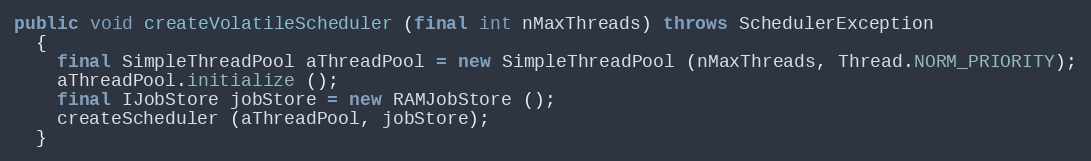
Language: Java
public void createVolatileScheduler (final int nMaxThreads) throws SchedulerException
  {
    final SimpleThreadPool aThreadPool = new SimpleThreadPool (nMaxThreads, Thread.NORM_PRIORITY);
    aThreadPool.initialize ();
    final IJobStore jobStore = new RAMJobStore ();
    createScheduler (aThreadPool, jobStore);
  }